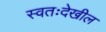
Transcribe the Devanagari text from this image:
स्वतःदेखील